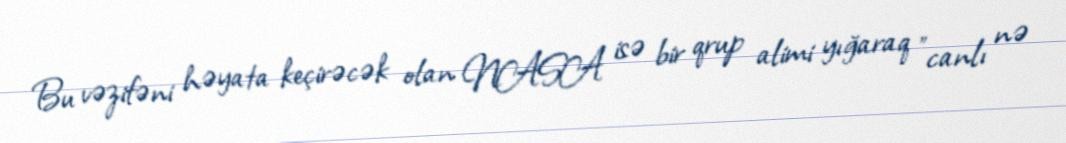
Bu vəzifəni həyata keçirəcək olan NASA isə bir qrup alimi yığaraq "canlı nə